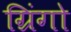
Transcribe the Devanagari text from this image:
ग्रिंगो